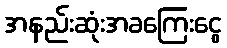
အနည်းဆုံးအခကြေးငွေ